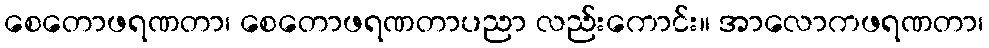
စေတောဖရဏတာ၊ စေတောဖရဏတာပညာ လည်းကောင်း။ အာလောကဖရဏတာ၊